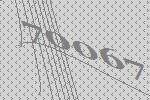
70067